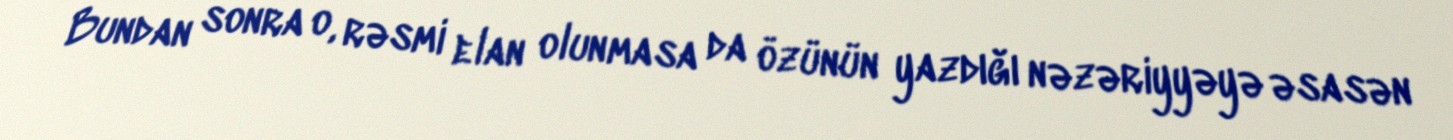
Bundan sonra o, rəsmi elan olunmasa da özünün yazdığı nəzəriyyəyə əsasən